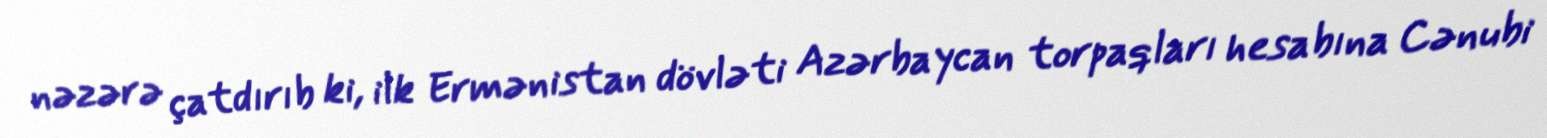
nəzərə çatdırıb ki, ilk Ermənistan dövləti Azərbaycan torpaqları hesabına Cənubi